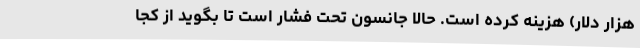
هزار دلار) هزینه کرده است. حالا جانسون تحت فشار است تا بگوید از کجا